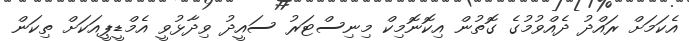
އެކަމަށް ރައްދު ދެއްވުމުގެ ގޮތުން އިކޮނޮމިކް މިނިސްޓަރު ސައީދު ވިދާޅުވީ އެމްޑީޕީއަކަށް ތިކަން